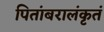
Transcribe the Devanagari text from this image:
पितांबरालंकृतं